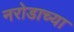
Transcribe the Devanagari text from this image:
नरोडाच्या